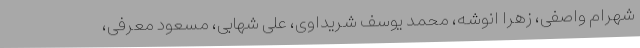
شهرام واصفی، زهرا انوشه، محمد یوسف شریداوی، علی شهابی، مسعود معرفی،